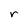
Character: r